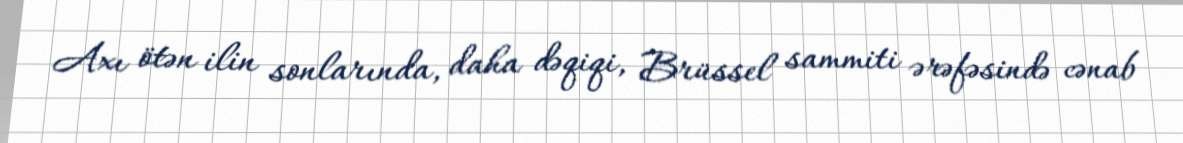
Axı ötən ilin sonlarında, daha dəqiqi, Brüssel sammiti ərəfəsində cənab